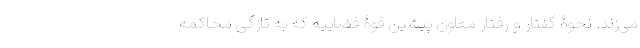
می‌زند. نحوۀ گفتار و رفتار معاون پیشین قوۀ قضاییه که به تازگی محاکمه